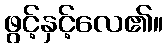
ဖွင့်နှင့်လေ၏။